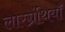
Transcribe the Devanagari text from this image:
लारग्रंथियाँ